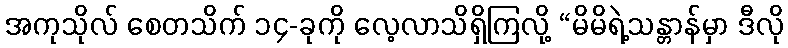
အကုသိုလ် စေတသိက် ၁၄-ခုကို လေ့လာသိရှိကြလို့ “မိမိရဲ့သန္တာန်မှာ ဒီလို